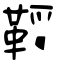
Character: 鞖